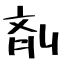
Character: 剤